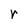
Character: r